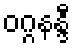
ဝဂ္ဂနန္ဒီ